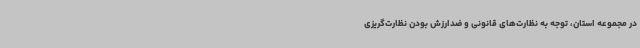
در مجموعه استان، توجه به نظارت‌های قانونی و ضدارزش بودن نظارت‌گریزی